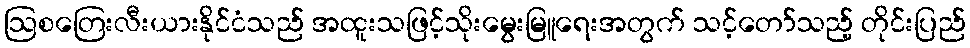
ဩစတြေးလီးယားနိုင်ငံသည် အထူးသဖြင့်သိုးမွေးမြူရေးအတွက် သင့်တော်သည့် တိုင်းပြည်